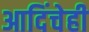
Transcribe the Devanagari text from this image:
आदिंचेही